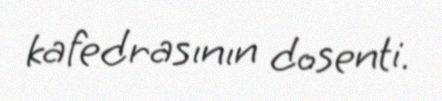
kafedrasının dosenti.